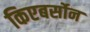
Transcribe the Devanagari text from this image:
किएबर्सोन